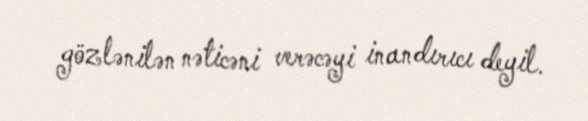
gözlənilən nəticəni verəcəyi inandırıcı deyil.